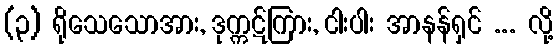
(၃) ရိုသေသောအား, ဒုက္ကဋ်ကြား, ငါးပါး အာနန်ရှင် ... လို့